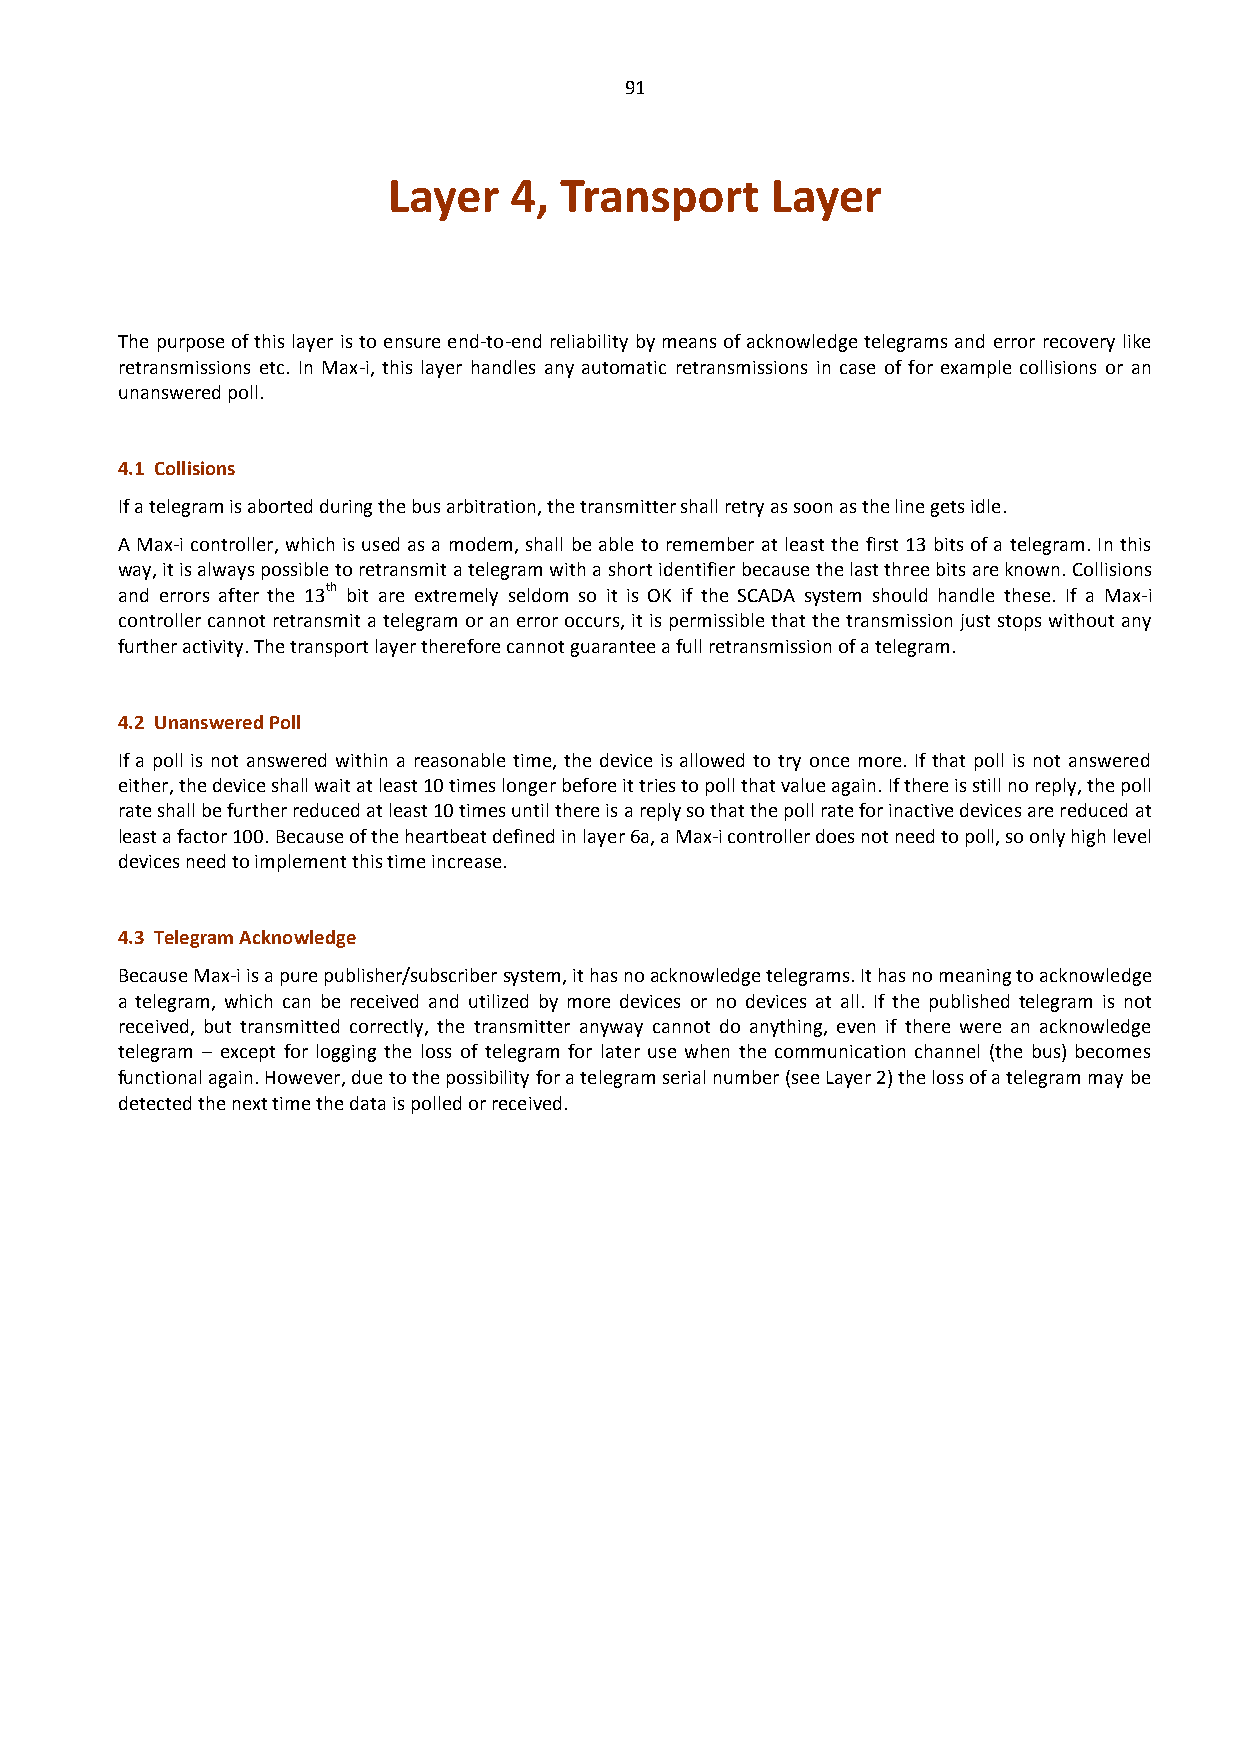
91
 Layer   4, Transport     Layer
 The purpose of this layer is to ensure end-to-end reliability by means of acknowledge telegrams and error recovery like
 retransmissions etc. In Max-i, this layer handles any automatic retransmissions in case of for example collisions or an
 unanswered poll.
 4.1 Collisions
 If a telegram is aborted during the bus arbitration, the transmitter shall retry as soon as the line gets idle.
 A Max-i controller, which is used as a modem, shall be able to remember at least the first 13 bits of a telegram. In this
 way, it is always possible to retransmit a telegram with a short identifier because the last three bits are known. Collisions
 and errors after the 13th bit are extremely seldom so it is OK if the SCADA system should handle these. If a Max-i
 controller cannot retransmit a telegram or an error occurs, it is permissible that the transmission just stops without any
 further activity. The transport layer therefore cannot guarantee a full retransmission of a telegram.
 4.2 Unanswered Poll
 If a poll is not answered within a reasonable time, the device is allowed to try once more. If that poll is not answered
 either, the device shall wait at least 10 times longer before it tries to poll that value again. If there is still no reply, the poll
 rate shall be further reduced at least 10 times until there is a reply so that the poll rate for inactive devices are reduced at
 least a factor 100. Because of the heartbeat defined in layer 6a, a Max-i controller does not need to poll, so only high level
 devices need to implement this time increase.
 4.3 Telegram Acknowledge
 Because Max-i is a pure publisher/subscriber system, it has no acknowledge telegrams. It has no meaning to acknowledge
 a telegram, which can be received and utilized by more devices or no devices at all. If the published telegram is not
 received, but transmitted correctly, the transmitter anyway cannot do anything, even if there were an acknowledge
 telegram – except for logging the loss of telegram for later use when the communication channel (the bus) becomes
 functional again. However, due to the possibility for a telegram serial number (see Layer 2) the loss of a telegram may be
 detected the next time the data is polled or received.